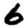
Digit: 6